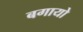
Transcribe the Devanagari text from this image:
बगायो